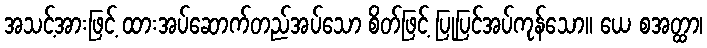
အသင့်အားဖြင့် ထားအပ်ဆောက်တည်အပ်သော စိတ်ဖြင့် ပြုပြင်အပ်ကုန်သော။ ယေ စအတ္ထာ၊